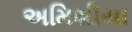
અમિશીયા